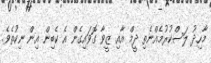
މާހިދު ލަސްކުރުމެއްނެތި ދީމް އާއި ޒީވާ ގޮވައިގެން އެ ކެބިން އިން ނިކުތެވެ.